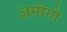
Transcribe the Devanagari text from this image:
अमीगो